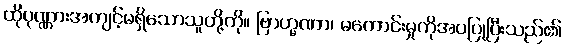
ထိုပုဏ္ဏားအကျင့်မရှိသောသူတို့ကို။ ဗြာဟ္မဏာ၊ မကောင်းမှုကိုအပပြုပြီးသည်၏